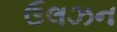
ઉલઝન